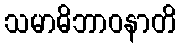
သမာဓိဘာဝနာတိ